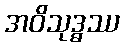
အဝိသုဒ္ဓဿ